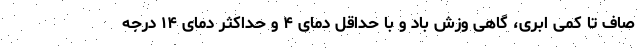
صاف تا کمی ابری، گاهی وزش باد و با حداقل دمای ۴ و حداکثر دمای ۱۴ درجه